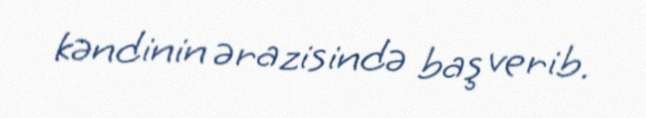
kəndinin ərazisində baş verib.